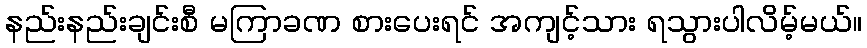
နည်းနည်းချင်းစီ မကြာခဏ စားပေးရင် အကျင့်သား ရသွားပါလိမ့်မယ်။